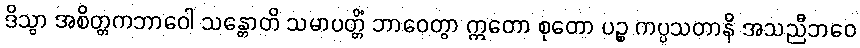
ဒိသွာ အစိတ္တကဘာဝေါ သန္တောတိ သမာပတ္တိံ ဘာဝေတွာ ဣတော စုတော ပဉ္စ ကပ္ပသတာနိ အသညီဘဝေ